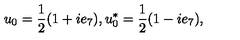
u _ { 0 } = \frac { 1 } { 2 } ( 1 + i e _ { 7 } ) , u _ { 0 } ^ { * } = \frac { 1 } { 2 } ( 1 - i e _ { 7 } ) ,